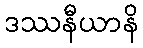
ဒဿနီယာနိ